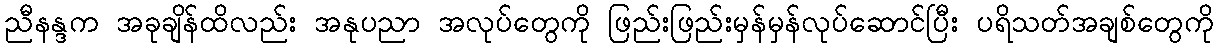
ညီနန္ဒက အခုချိန်ထိလည်း အနုပညာ အလုပ်တွေကို ဖြည်းဖြည်းမှန်မှန်လုပ်ဆောင်ပြီး ပရိသတ်အချစ်တွေကို